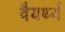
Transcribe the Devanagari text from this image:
वैयर्थ्य